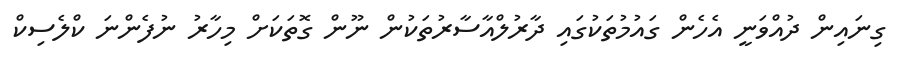
ގިނައިން ދުއްވަނީ އެހެން ގައުމުތަކުގައި ދާރުލްއާސާރުތަކުން ނޫން ގޮތަކަށް މިހާރު ނުފެންނަ ކްލެސިކް